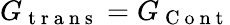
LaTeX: G_{\mathrm{~t~r~a~n~s~}}=G_{\mathrm{~C~o~n~t~}}